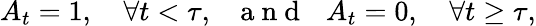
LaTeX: A_{t}=1,\quad\forall t<\tau,\: \: \: \mathrm{~a~n~d~}\: \: \: A_{t}=0,\quad\forall t\geq\tau,